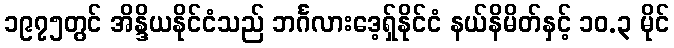
၁၉၇၅တွင် အိန္ဒိယနိုင်ငံသည် ဘင်္ဂလားဒေ့ရှ်နိုင်ငံ နယ်နိမိတ်နှင့် ၁၀.၃ မိုင်